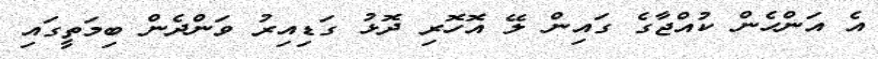
އެ އަންހެން ކުއްޖާގެ ގައިން ލޭ އޮހޮރި ދޮޅު ގަޑިއިރު ވަންދެން ބިމަތީގައި